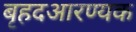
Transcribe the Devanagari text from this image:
बृहदआरण्यक